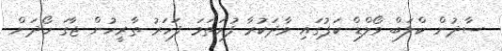
ސާދުން ކްލަބް ވޯލްޑް ކަޕުގައި ވާދަކުރާ ފުރަތަމަ ފަހަރު ތާރީހުން ޖާގަ ހޯދަން